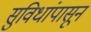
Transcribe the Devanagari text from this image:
सुविधांपासून